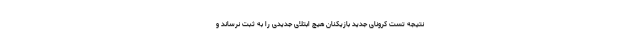
نتیجه تست کرونای جدید بازیکنان هیچ ابتلای جدیدی را به ثبت نرساند و